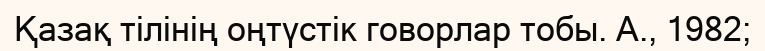
Қазақ тілінің оңтүстік говорлар тобы. А., 1982;